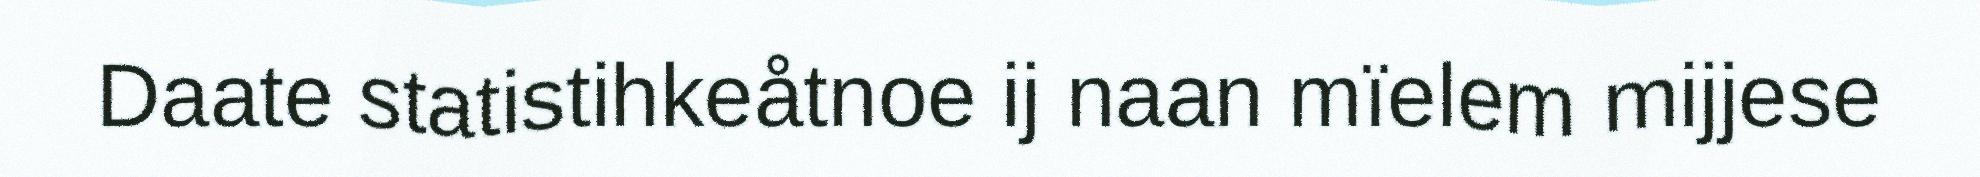
Daate statistihkeåtnoe ij naan mïelem mijjese